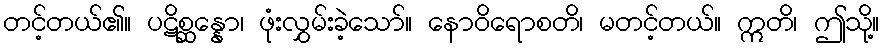
တင့်တယ်၏။ ပဋိစ္ဆန္နော၊ ဖုံးလွှမ်းခဲ့သော်။ နောဝိရောစတိ၊ မတင့်တယ်။ ဣတိ၊ ဤသို့။